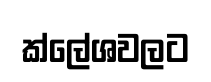
ක්ලේශවලට